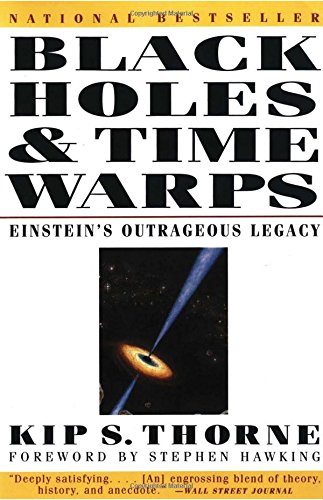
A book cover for Black Holes and Time Warps: Einstein's Outrageous Legacy (Commonwealth Fund Book Program); Kip S. Thorne; Medical Books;